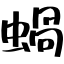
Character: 蝸